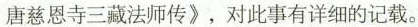
唐慈恩寺三藏法师传》，对此事有详细的记载。